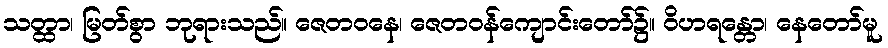
သတ္ထာ၊ မြတ်စွာ ဘုရားသည်။ ဇေတဝနေ၊ ဇေတဝန်ကျောင်းတော်၌။ ဝိဟရန္တော၊ နေတော်မူ